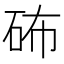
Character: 𥑢